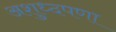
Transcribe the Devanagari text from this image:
अशुध्दपणा